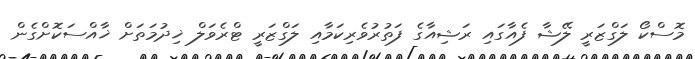
މޮސްކޯ ލަގްޒަރީ ލޭޝާ ފެއާގައި ރަޝިއާގެ ފަތުރުވެރިކަމާއި ލަގްޒަރީ ޓްރެވަލް ޚިދުމަތަށް ޚާއްސަކޮށްގެން